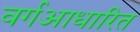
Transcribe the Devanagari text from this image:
वर्गआधारित